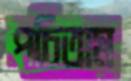
পচিতাম